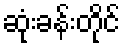
ဆုံးခန်းတိုင်